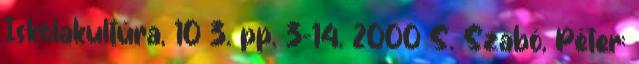
Iskolakultúra, 10 3. pp. 3-14. 2000 S. Szabó, Péter: